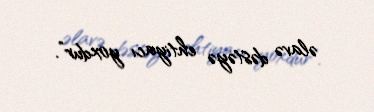
əlavə dəstəyə ehtiyacı yoxdur”.